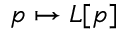
p \mapsto L [ p ]